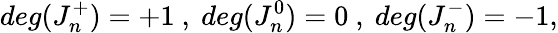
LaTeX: deg(J_{n}^{+})=+1\ ,\ deg(J_{n}^{0})=0\ ,\ deg(J_{n}^{-})=-1,